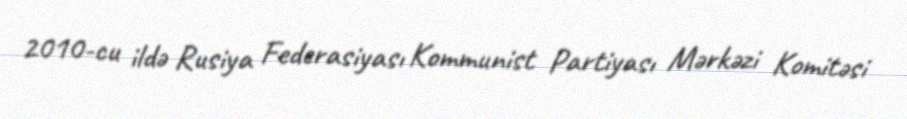
2010-cu ildə Rusiya Federasiyası Kommunist Partiyası Mərkəzi Komitəsi